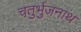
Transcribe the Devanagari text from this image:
चतुर्भुजनाथ